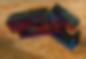
বেনে